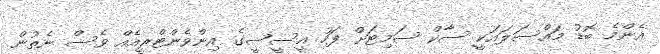
އެންމެ ބޮޑު މައްސަލައަކީ ސާކް ސަމިޓަށް ފަހު އީސީސީގެ އިންވެންޓްރީއެއް ވެސް ނެތުން